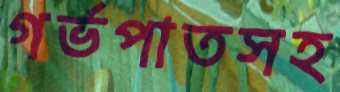
গর্ভপাতসহ